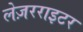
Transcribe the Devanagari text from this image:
लेज़रराइटर